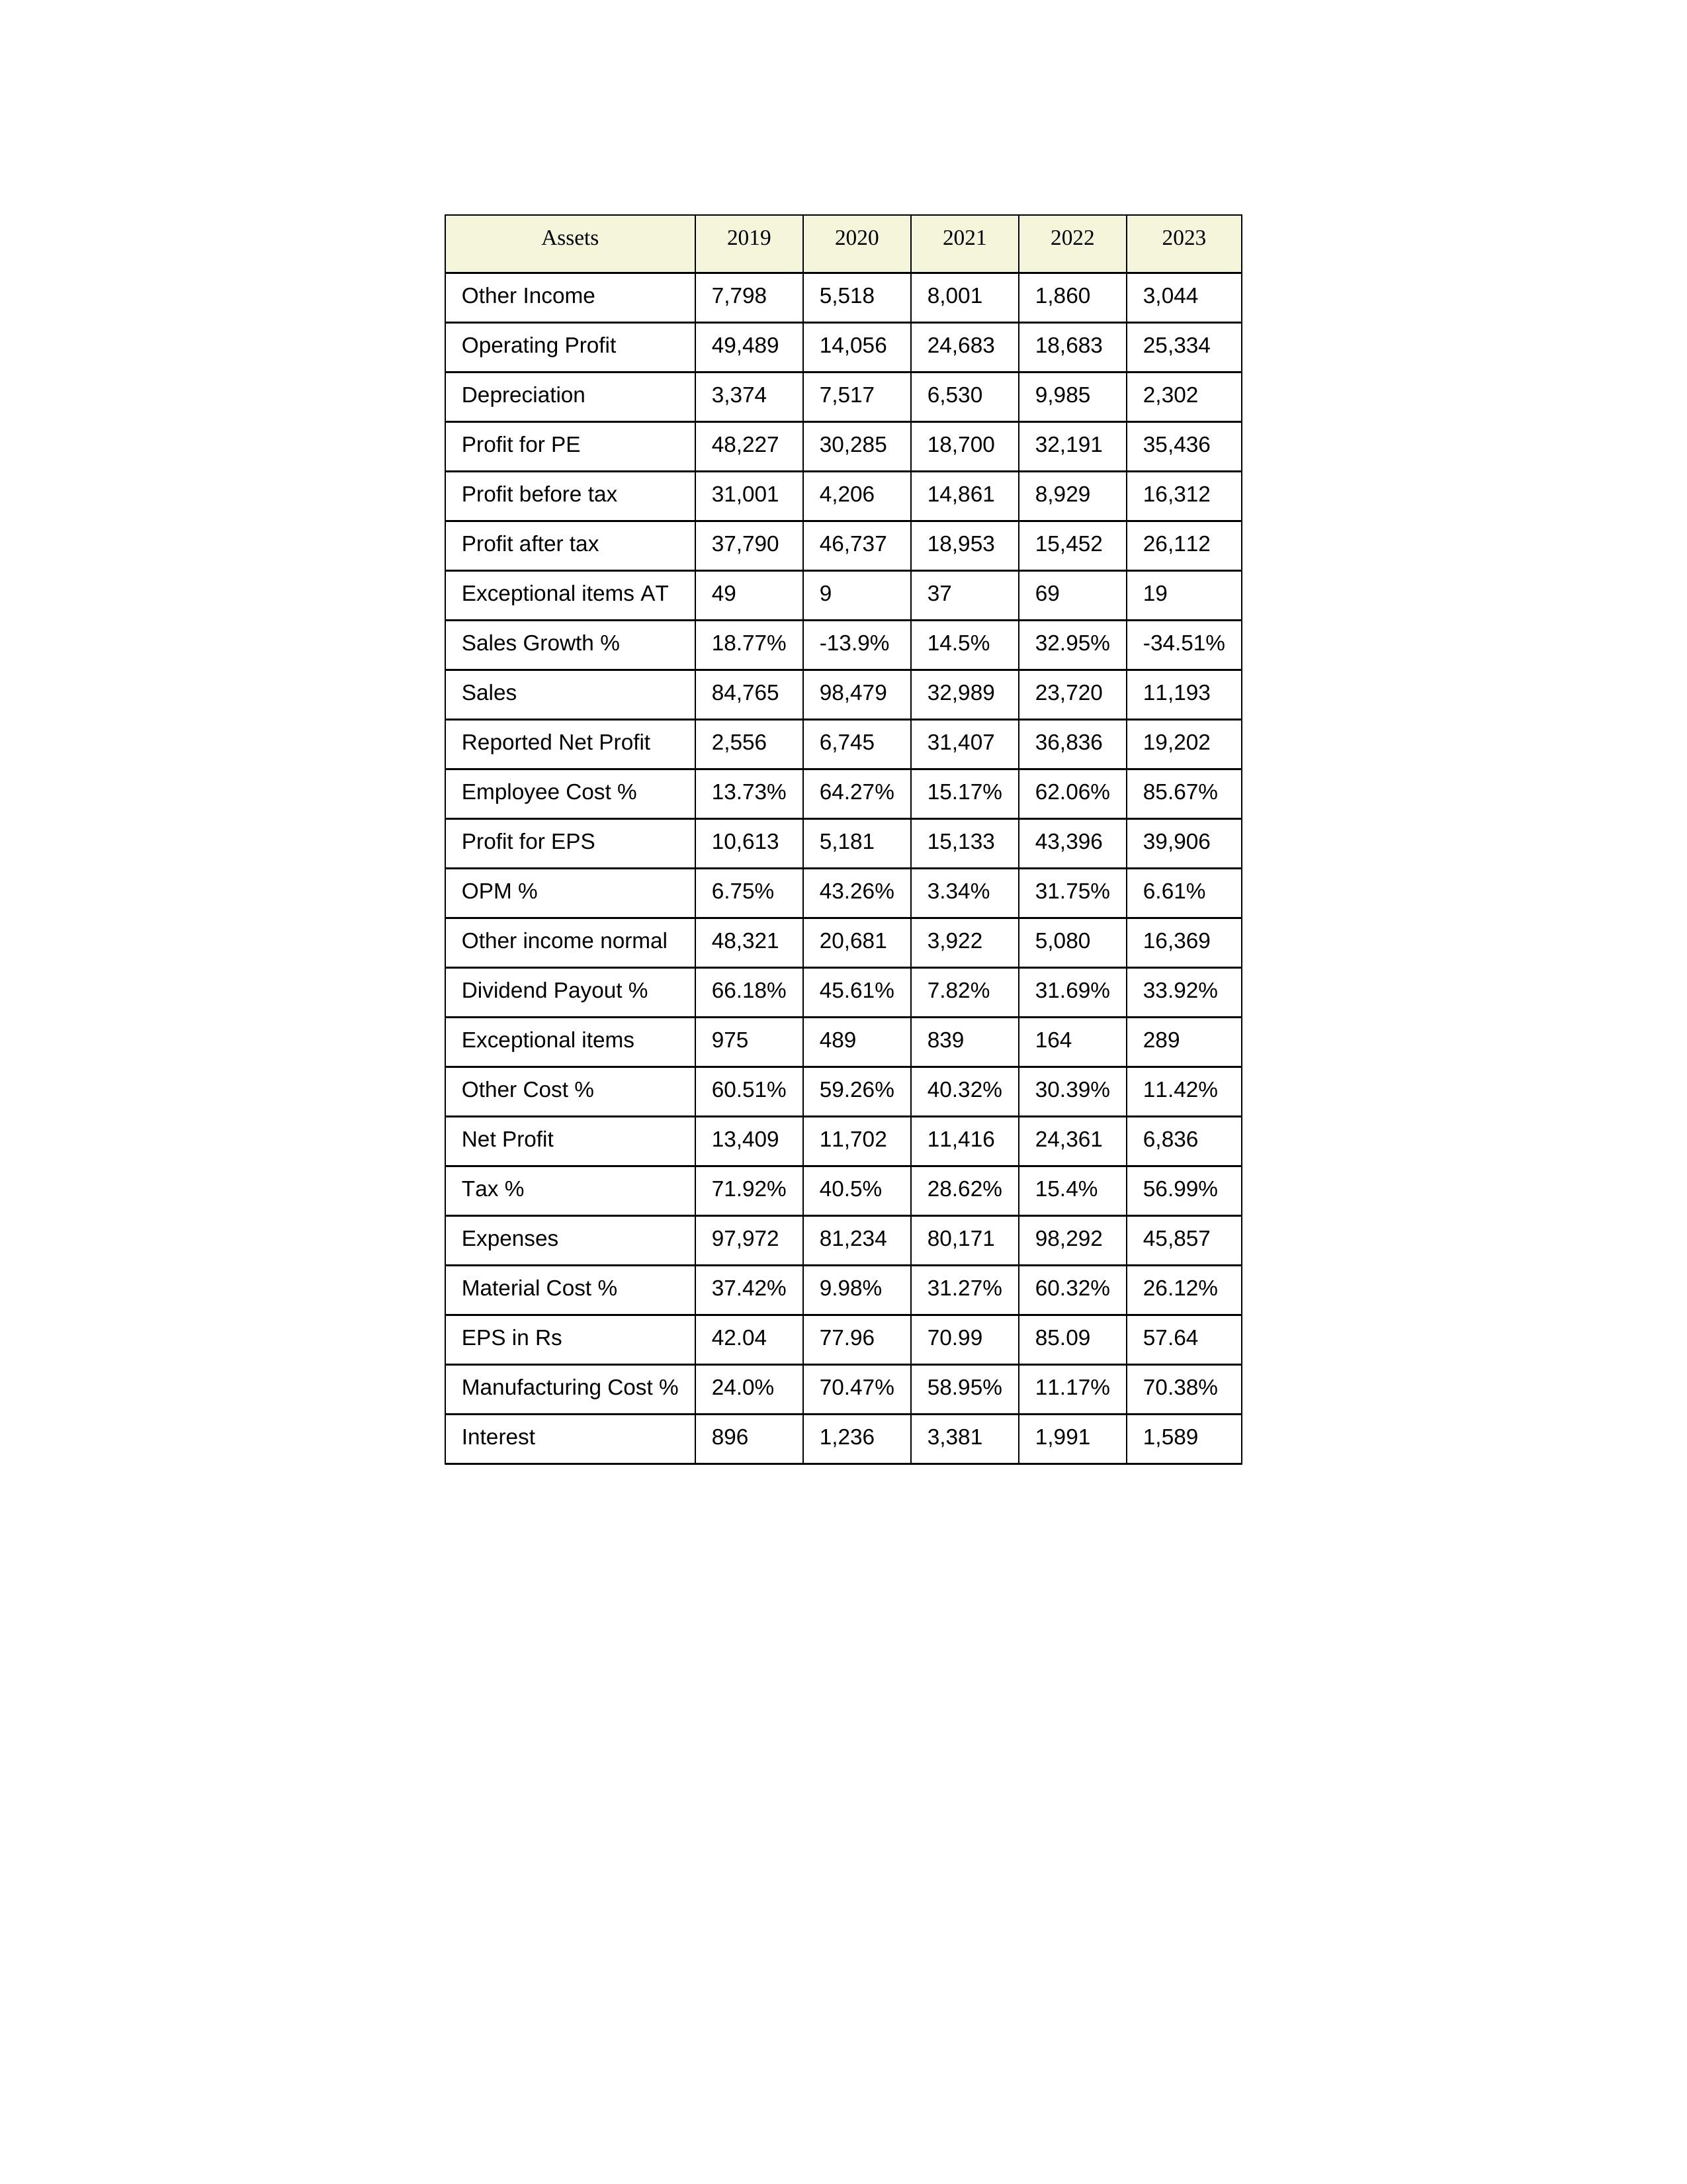
gt_parse: 2019: Sales: 84,765
Sales Growth %: 18.77%
Expenses: 97,972
Material Cost %: 37.42%
Manufacturing Cost %: 24.0%
Employee Cost %: 13.73%
Other Cost %: 60.51%
Operating Profit: 49,489
OPM %: 6.75%
Other Income: 7,798
Exceptional items: 975
Other income normal: 48,321
Interest: 896
Depreciation: 3,374
Profit before tax: 31,001
Tax %: 71.92%
Net Profit: 13,409
Profit after tax: 37,790
Reported Net Profit: 2,556
Profit for EPS: 10,613
Exceptional items AT: 49
Profit for PE: 48,227
EPS in Rs: 42.04
Dividend Payout %: 66.18%
2020: Sales: 98,479
Sales Growth %: -13.9%
Expenses: 81,234
Material Cost %: 9.98%
Manufacturing Cost %: 70.47%
Employee Cost %: 64.27%
Other Cost %: 59.26%
Operating Profit: 14,056
OPM %: 43.26%
Other Income: 5,518
Exceptional items: 489
Other income normal: 20,681
Interest: 1,236
Depreciation: 7,517
Profit before tax: 4,206
Tax %: 40.5%
Net Profit: 11,702
Profit after tax: 46,737
Reported Net Profit: 6,745
Profit for EPS: 5,181
Exceptional items AT: 9
Profit for PE: 30,285
EPS in Rs: 77.96
Dividend Payout %: 45.61%
2021: Sales: 32,989
Sales Growth %: 14.5%
Expenses: 80,171
Material Cost %: 31.27%
Manufacturing Cost %: 58.95%
Employee Cost %: 15.17%
Other Cost %: 40.32%
Operating Profit: 24,683
OPM %: 3.34%
Other Income: 8,001
Exceptional items: 839
Other income normal: 3,922
Interest: 3,381
Depreciation: 6,530
Profit before tax: 14,861
Tax %: 28.62%
Net Profit: 11,416
Profit after tax: 18,953
Reported Net Profit: 31,407
Profit for EPS: 15,133
Exceptional items AT: 37
Profit for PE: 18,700
EPS in Rs: 70.99
Dividend Payout %: 7.82%
2022: Sales: 23,720
Sales Growth %: 32.95%
Expenses: 98,292
Material Cost %: 60.32%
Manufacturing Cost %: 11.17%
Employee Cost %: 62.06%
Other Cost %: 30.39%
Operating Profit: 18,683
OPM %: 31.75%
Other Income: 1,860
Exceptional items: 164
Other income normal: 5,080
Interest: 1,991
Depreciation: 9,985
Profit before tax: 8,929
Tax %: 15.4%
Net Profit: 24,361
Profit after tax: 15,452
Reported Net Profit: 36,836
Profit for EPS: 43,396
Exceptional items AT: 69
Profit for PE: 32,191
EPS in Rs: 85.09
Dividend Payout %: 31.69%
2023: Sales: 11,193
Sales Growth %: -34.51%
Expenses: 45,857
Material Cost %: 26.12%
Manufacturing Cost %: 70.38%
Employee Cost %: 85.67%
Other Cost %: 11.42%
Operating Profit: 25,334
OPM %: 6.61%
Other Income: 3,044
Exceptional items: 289
Other income normal: 16,369
Interest: 1,589
Depreciation: 2,302
Profit before tax: 16,312
Tax %: 56.99%
Net Profit: 6,836
Profit after tax: 26,112
Reported Net Profit: 19,202
Profit for EPS: 39,906
Exceptional items AT: 19
Profit for PE: 35,436
EPS in Rs: 57.64
Dividend Payout %: 33.92%